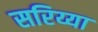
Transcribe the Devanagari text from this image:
सरिय्या